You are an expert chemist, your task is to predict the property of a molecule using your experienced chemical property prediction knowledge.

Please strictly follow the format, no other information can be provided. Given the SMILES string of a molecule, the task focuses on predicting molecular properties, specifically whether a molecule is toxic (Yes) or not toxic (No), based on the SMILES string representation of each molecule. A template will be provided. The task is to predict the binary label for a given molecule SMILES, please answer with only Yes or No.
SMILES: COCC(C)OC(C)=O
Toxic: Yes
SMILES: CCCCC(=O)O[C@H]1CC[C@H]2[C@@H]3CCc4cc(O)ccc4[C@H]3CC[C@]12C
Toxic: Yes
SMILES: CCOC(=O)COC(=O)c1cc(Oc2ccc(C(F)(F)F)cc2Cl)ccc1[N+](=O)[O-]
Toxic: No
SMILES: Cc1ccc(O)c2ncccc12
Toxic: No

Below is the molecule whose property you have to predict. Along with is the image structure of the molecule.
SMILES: BrCC1CO1
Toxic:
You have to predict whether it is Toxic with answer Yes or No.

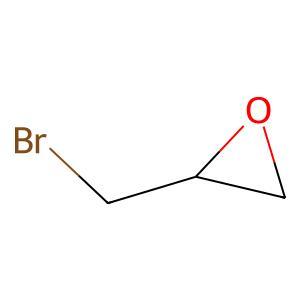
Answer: No